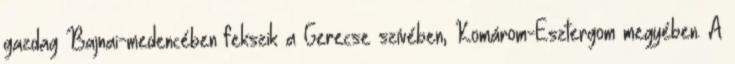
gazdag Bajnai-medencében fekszik a Gerecse szívében, Komárom-Esztergom megyében. A